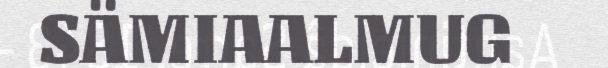
SÄMIAALMUG